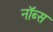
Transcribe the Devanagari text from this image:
नॉब्स